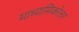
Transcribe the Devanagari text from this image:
माध्यामिकोत्तर